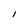
Character: 1